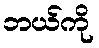
ဘယ်ကို